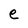
Character: e